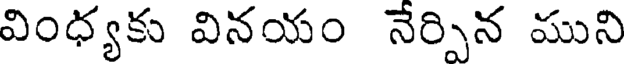
వింధ్యకు వినయం నేర్పిన ముని